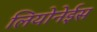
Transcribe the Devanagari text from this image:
लियोनेईस